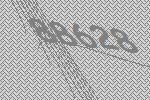
88628